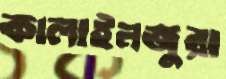
কালাইনজুরা